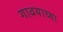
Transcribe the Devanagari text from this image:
गावयाच्या